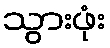
သွားဖုံး